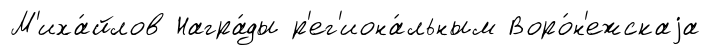
М'иха́йлов Награ́ды р'ег'иона́льным Воро́н'ежскаjа